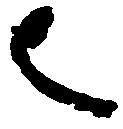
者